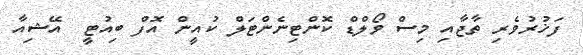
ފަޚުރުވެރި ތާޖާއި މިސް ވޯލްޑް ކޮންޓިނެންޓަލް ކުއީން އޮފް ބިއުޓީ  އޭޝިއާ